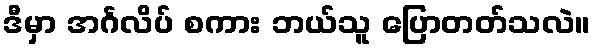
ဒီမှာ အင်္ဂလိပ် စကား ဘယ်သူ ပြောတတ်သလဲ။